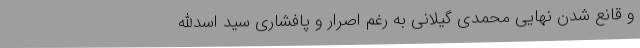
و قانع شدن نهایی محمدی گیلانی به رغم اصرار و پافشاری سید اسدالله